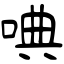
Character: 唺